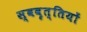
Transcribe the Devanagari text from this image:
स्ववृत्तियों